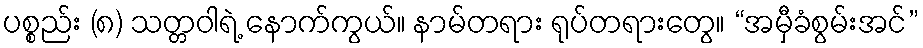
ပစ္စည်း (၈) သတ္တဝါရဲ့ နောက်ကွယ်။ နာမ်တရား ရုပ်တရားတွေ။ “အမှီခံစွမ်းအင်”